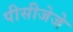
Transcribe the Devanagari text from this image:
पीसीजेजे